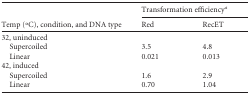
<table><thead><tr><td rowspan="2"><b>Temp (oC), condition, and DNA type</b></td><td colspan="2"><b>Transformation efficiency<sup>a</sup></b></td></tr><tr><td><b>Red</b></td><td><b>RecET</b></td></tr></thead><tbody><tr><td>32, uninduced</td><td></td><td></td></tr><tr><td>Supercoiled</td><td>3.5</td><td>4.8</td></tr><tr><td>Linear</td><td>0.021</td><td>0.013</td></tr><tr><td>42, induced</td><td></td><td></td></tr><tr><td>Supercoiled</td><td>1.6</td><td>2.9</td></tr><tr><td>Linear</td><td>0.70</td><td>1.04</td></tr></tbody></table>